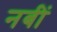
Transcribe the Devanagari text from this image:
नबीं